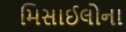
મિસાઈલોના